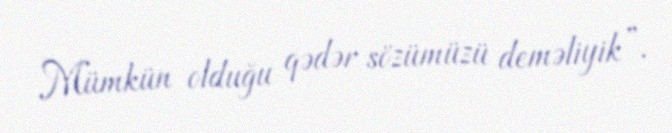
Mümkün olduğu qədər sözümüzü deməliyik”.